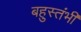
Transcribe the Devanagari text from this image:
बहुस्तंभी